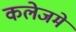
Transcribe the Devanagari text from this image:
कलेजमे